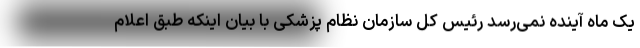
یک ماه آینده نمی‌رسد رئیس کل سازمان نظام پزشکی با بیان اینکه طبق اعلام